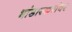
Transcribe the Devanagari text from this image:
भांडारकरांवर